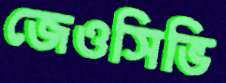
জেওসিভি